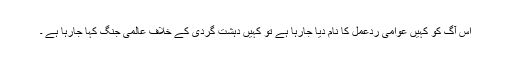
اس آگ کو کہیں عوامی ردعمل کا نام دیا جارہا ہے تو کہیں دہشت گردی کے خلاف عالمی جنگ کہا جارہا ہے ۔